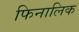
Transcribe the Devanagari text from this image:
फिनालिक